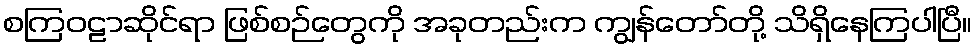
စကြဝဠာဆိုင်ရာ ဖြစ်စဉ်တွေကို အခုတည်းက ကျွန်တော်တို့ သိရှိနေကြပါပြီ။